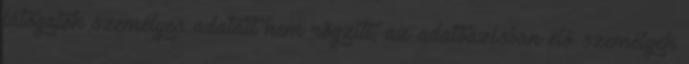
látogatók személyes adatait nem rögzíti, az adatbázisban élő személyek